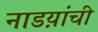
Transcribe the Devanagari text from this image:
नाडय़ांची